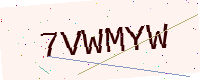
Text: 7VWMYW